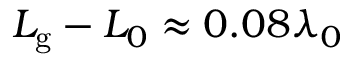
L _ { \mathrm { g } } - L _ { 0 } \approx 0 . 0 8 \lambda _ { 0 }